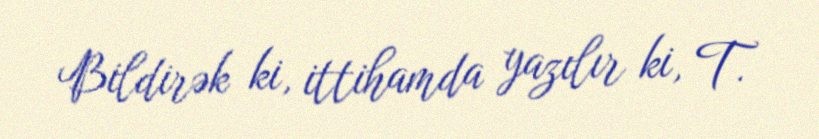
Bildirək ki, ittihamda yazılır ki, T.